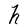
Character: h